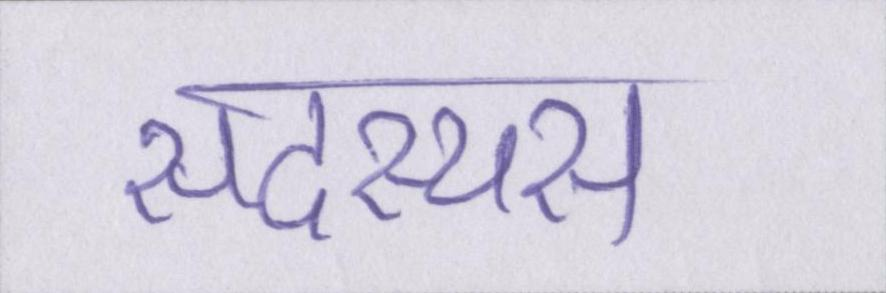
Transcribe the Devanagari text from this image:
सदस्यस